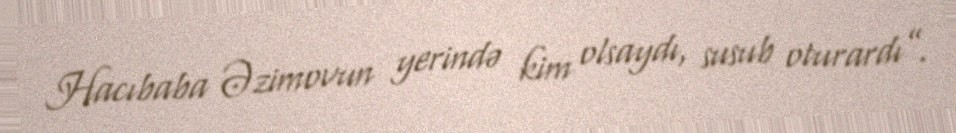
Hacıbaba Əzimovun yerində kim olsaydı, susub oturardı”.